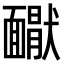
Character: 𩉇